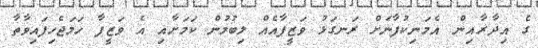
ގެ އިދާރާއިން އެމަނިކުފާނަށް ރަނގަޅު ވަޒީފާއެއް ލިބުމުން ކަމަށާއި އެ ވަޒީފާ ހަމަޖެހިފައިވާތާ